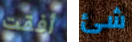
أفقت شئ